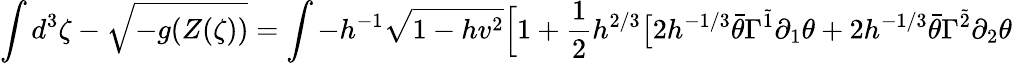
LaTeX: \int d^{3}\zeta-\sqrt{-g(Z(\zeta))}=\int-h^{-1}\sqrt{1-hv^{2}}\Big[1+\frac{1}{2}h^{2/3}\big[2h^{-1/3}\bar{\theta}\Gamma^{\tilde{1}}\partial_{1}\theta+2h^{-1/3}\bar{\theta}\Gamma^{\tilde{2}}\partial_{2}\theta